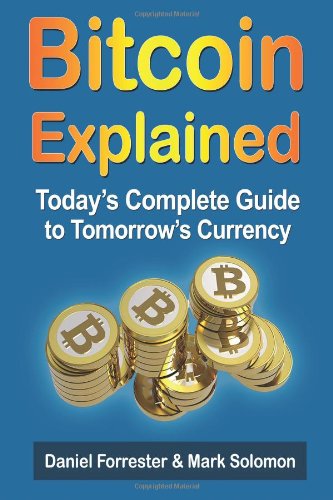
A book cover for Bitcoin Explained: Today's Complete Guide to Tomorrow's Currency; Daniel Forrester; Computers & Technology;